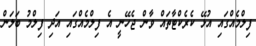
ފިލްމެއްގައި އުޅޭ ކެރެކްޓާތައް ވާން ޖެހޭނީ އެ ފިލްމެއްގައި އަދި ފިލްމު ބަލަން